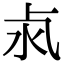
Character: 𣲊